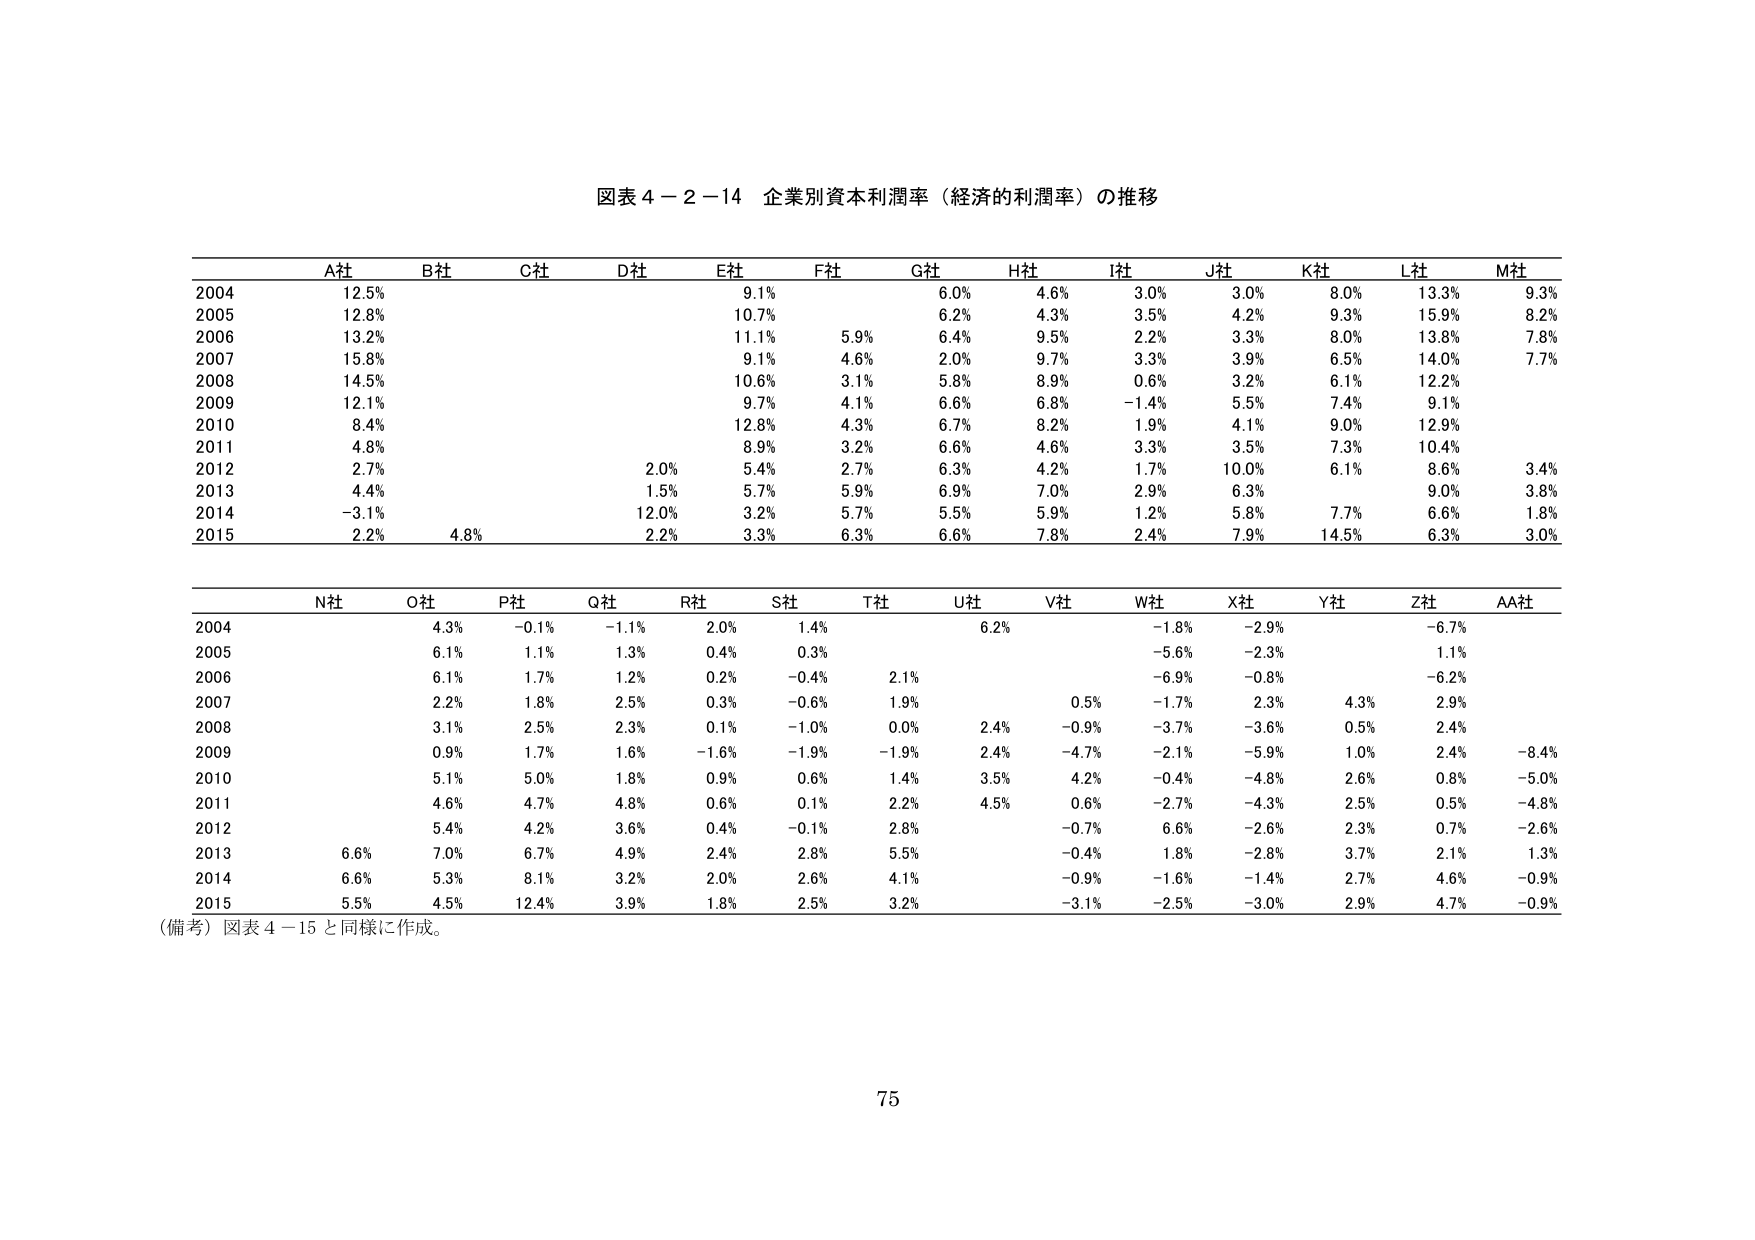
図表４－２－１４ 企業別資本利潤率（経済的利潤率）の推移

A社　B社　C社　D社　E社　F社　G社　H社　I社　J社　K社　L社　M社
2004　12.5%　　　　　9.1%　　　6.0%　4.6%　3.0%　3.0%　8.0%　13.3%　9.3%
2005　12.8%　　　　　10.7%　　　6.2%　4.3%　3.5%　4.2%　9.3%　15.9%　8.2%
2006　13.2%　　　　　11.1%　5.9%　6.4%　9.5%　2.2%　3.3%　8.0%　13.8%　7.8%
2007　15.8%　　　　　9.1%　4.6%　2.0%　9.7%　3.3%　3.9%　6.5%　14.0%　7.7%
2008　14.5%　　　　　10.6%　3.1%　5.8%　8.9%　0.6%　3.2%　6.1%　12.2%
2009　12.1%　　　　　9.7%　4.1%　6.6%　6.8%　−1.4%　5.5%　7.4%　9.1%
2010　8.4%　　　　　12.8%　4.3%　6.7%　8.2%　1.9%　4.1%　9.0%　12.9%
2011　4.8%　　　　　8.9%　3.2%　6.6%　4.6%　3.3%　3.5%　7.3%　10.4%
2012　2.7%　　　2.0%　5.4%　2.7%　6.3%　4.2%　1.7%　10.0%　6.1%　8.6%　3.4%
2013　4.4%　　　1.5%　5.7%　5.9%　6.9%　7.0%　2.9%　6.3%　9.0%　3.8%
2014　−3.1%　　　12.0%　3.2%　5.7%　5.5%　5.9%　1.2%　5.8%　7.7%　6.6%　1.8%
2015　2.2%　4.8%　2.2%　3.3%　6.3%　6.6%　7.8%　2.4%　7.9%　14.5%　6.3%　3.0%

N社　O社　P社　Q社　R社　S社　T社　U社　V社　W社　X社　Y社　Z社　AA社
2004　　　4.3%　−0.1%　−1.1%　2.0%　1.4%　　　6.2%　　　−1.8%　−2.9%　　　−6.7%
2005　　　6.1%　1.1%　1.3%　0.4%　0.3%　　　　　　　−5.6%　−2.3%　　　1.1%
2006　　　6.1%　1.7%　1.2%　0.2%　−0.4%　2.1%　　　　　　　−6.9%　−0.8%　　　−6.2%
2007　　　2.2%　1.8%　2.5%　0.3%　−0.6%　1.9%　　　0.5%　−1.7%　2.3%　4.3%　2.9%
2008　　　3.1%　2.5%　2.3%　0.1%　−1.0%　0.0%　2.4%　−0.9%　−3.7%　−3.6%　0.5%　2.4%
2009　　　0.9%　1.7%　1.6%　−1.6%　−1.9%　−1.9%　2.4%　−4.7%　−2.1%　−5.9%　1.0%　2.4%　−8.4%
2010　　　5.1%　5.0%　1.8%　0.9%　0.6%　1.4%　3.5%　4.2%　−0.4%　−4.8%　2.6%　0.8%　−5.0%
2011　　　4.6%　4.7%　4.8%　0.6%　0.1%　2.2%　4.5%　0.6%　−2.7%　−4.3%　2.5%　0.5%　−4.8%
2012　　　5.4%　4.2%　3.6%　0.4%　−0.1%　2.8%　　　−0.7%　6.6%　−2.6%　2.3%　0.7%　−2.6%
2013　6.6%　7.0%　6.7%　4.9%　2.4%　2.8%　5.5%　　　−0.4%　1.8%　−2.8%　3.7%　2.1%　1.3%
2014　6.6%　5.3%　8.1%　3.2%　2.0%　2.6%　4.1%　　　−0.9%　−1.6%　−1.4%　2.7%　4.6%　−0.9%
2015　5.5%　4.5%　12.4%　3.9%　1.8%　2.5%　3.2%　　　−3.1%　−2.5%　−3.0%　2.9%　4.7%　−0.9%

（備考）図表４－１５と同様に作成。

75